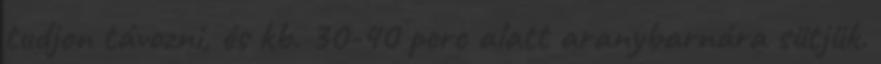
tudjon távozni, és kb. 30-40 perc alatt aranybarnára sütjük.